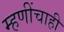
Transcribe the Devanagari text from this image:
म्हणींचाही